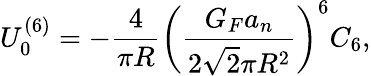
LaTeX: U_{0}^{(6)}=-\frac{4}{\pi R}\left(\frac{G_{F}a_{n}}{2\sqrt{2}\pi R^{2}}\right)^{6}C_{6},